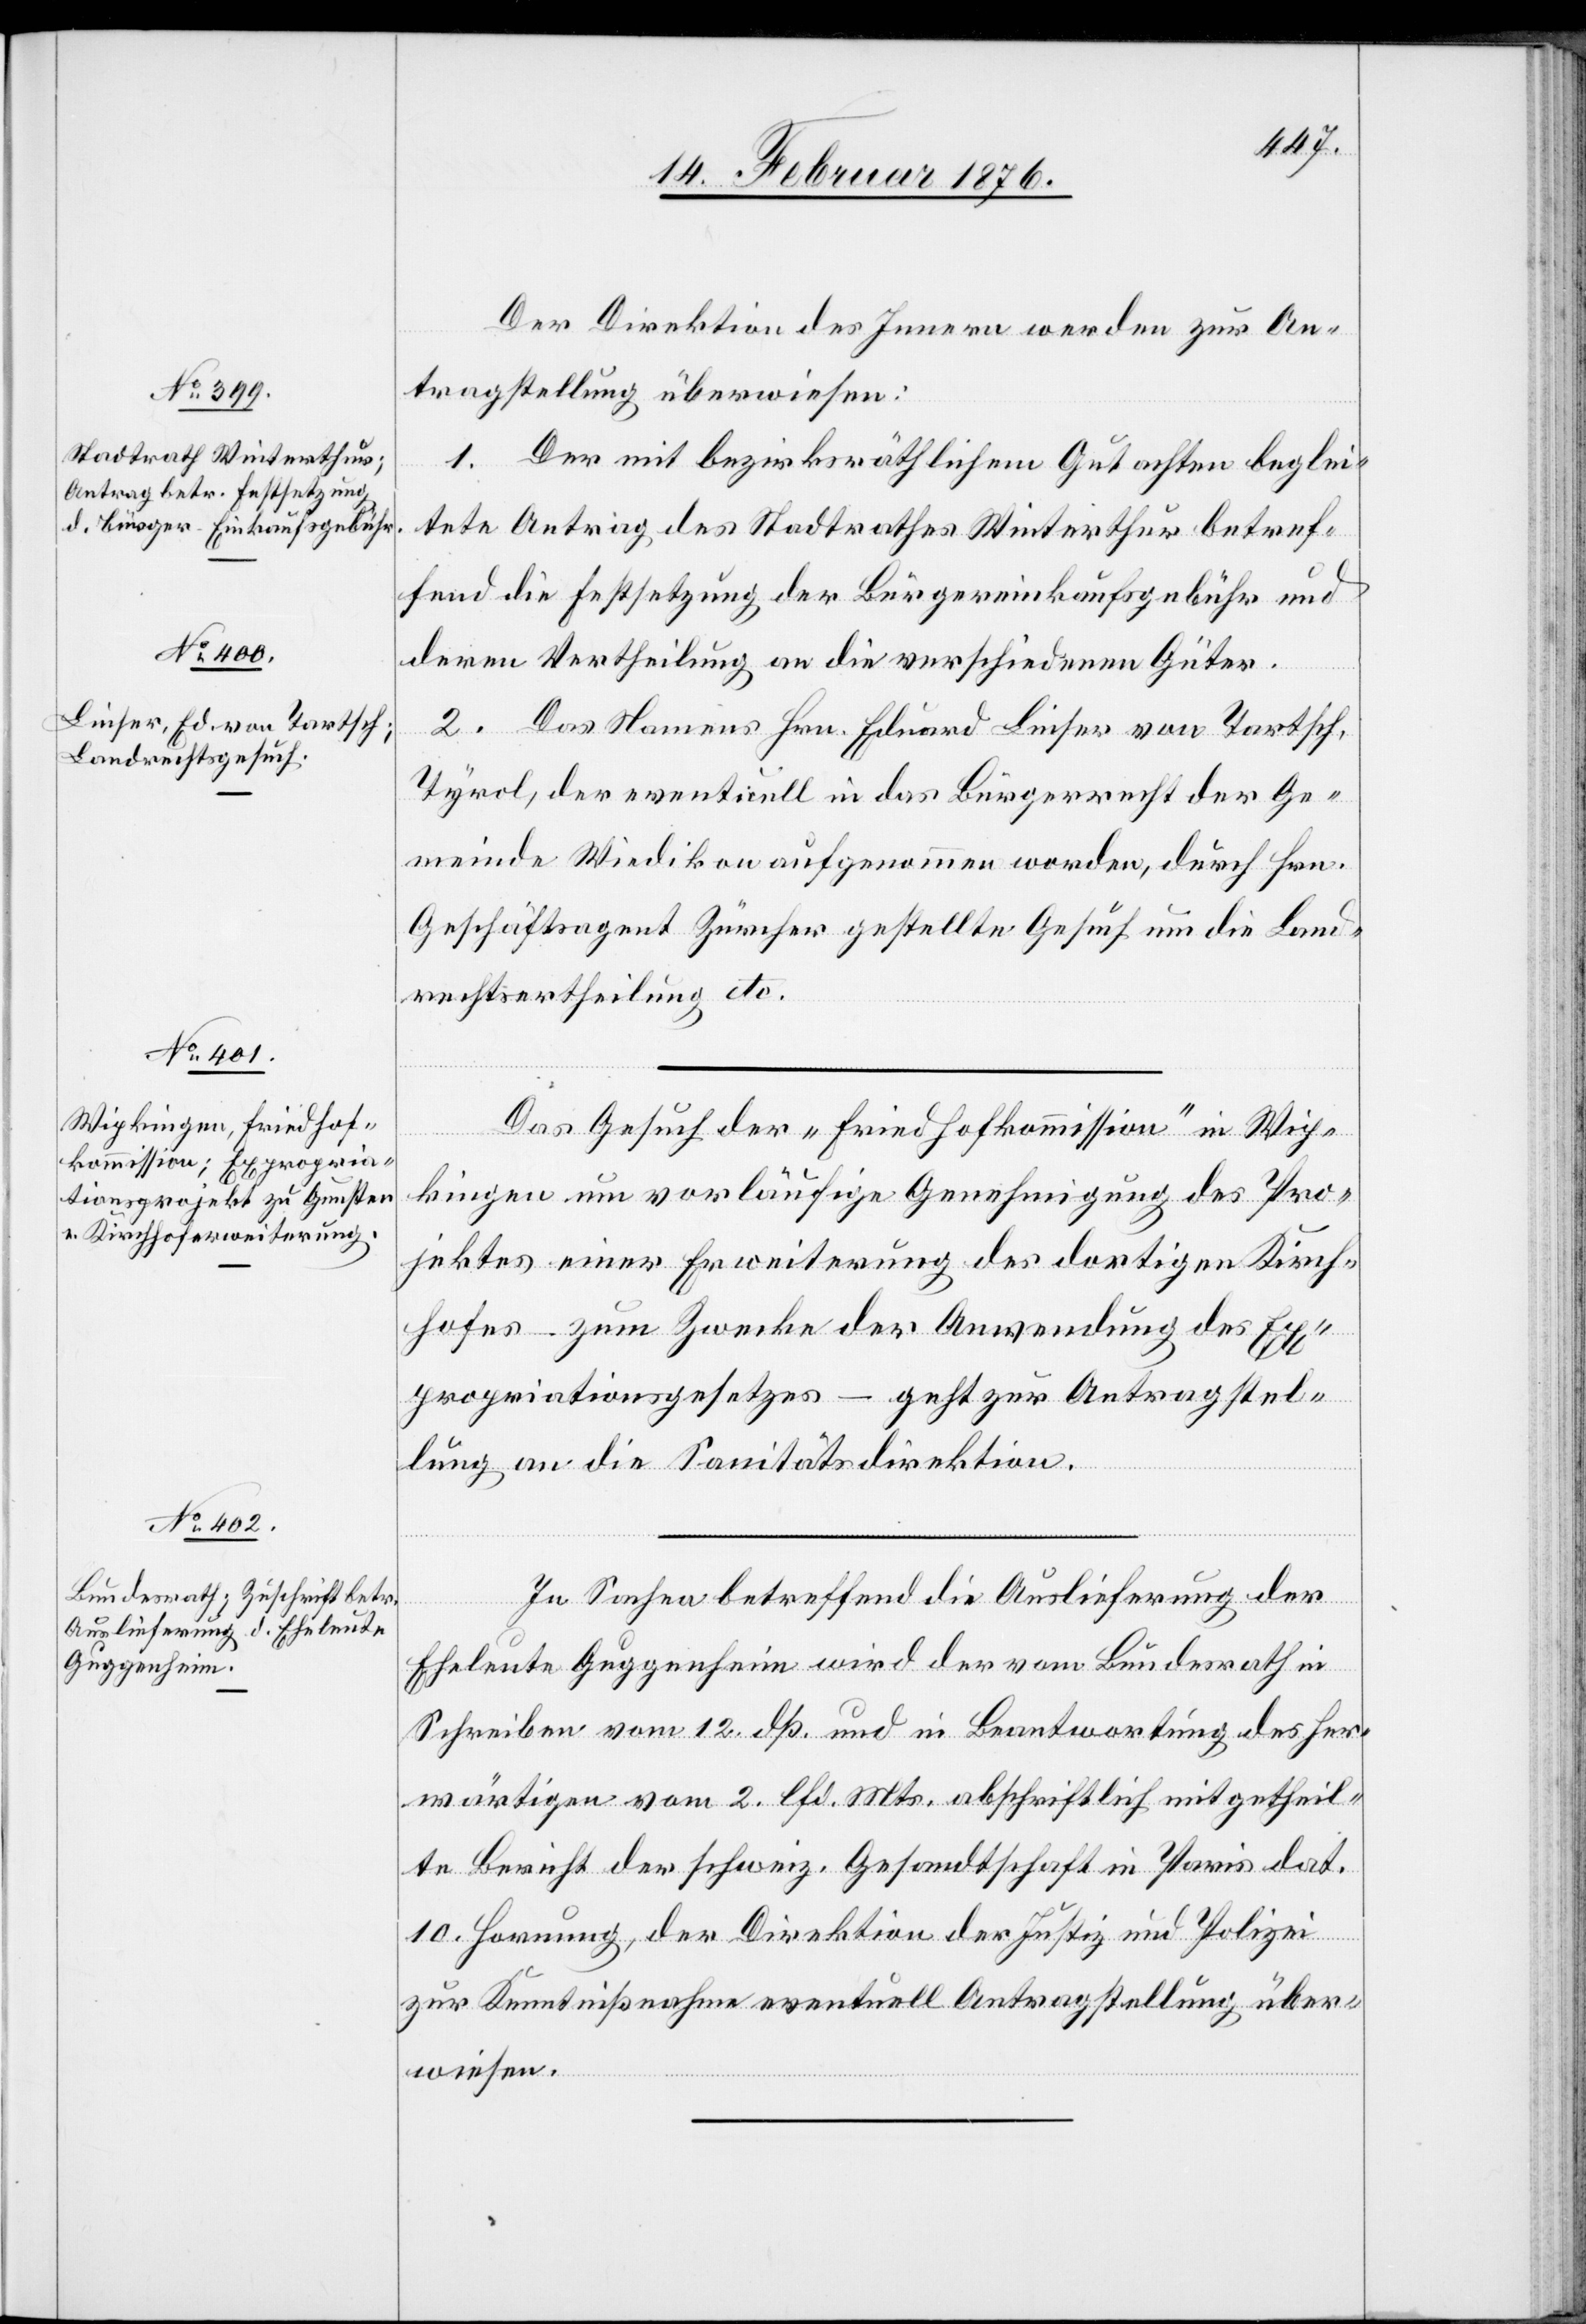
16. Februar 1876.]
Der Direktion des Innern werden zur An¬
tragstellung überwiesen:
1. Der mit bezirksräthlichem Gutachten beglei¬
tete Antrag des Stadtrathes Winterthur betref¬
fend die Festsetzung der Bürgereinkaufgebühr und
deren Vertheilung an die verschiedenen Güter.
2. Das Namens Hrn. Eduart Linser von Tarsch,
Tyrol, der eventuell in das Bürgerrecht der Ge¬
meinde Wiedikon aufgenommen worden, durch Hrn.
Geschäftsagent Zürcher gestellte Gesuch um die Land¬
rechtsertheilung etc.
Das Gesuch der „Friedhofkommission“ in Wip¬
kingen um vorläufige Genehmigung des Pro¬
jektes einer Erweiterung des dortigen Kirch¬
hofes – zum Zwecke der Anwendung des Ex¬
propriationsgesetzes – geht zur Antragstel¬
lung an die Sanitätsdirektion.
In Sachen betreffend die Auslieferung der
Eheleute Guggenheim wird der vom Bundesrath in
Schreiben vom 12. dß. und in Beantwortung des her¬
wärtigen vom 2. lfd. Mts. abschriftlich mitgetheil¬
te Bericht der schweiz. Gesandtschaft in Paris dat.
10 Hornung, der Direktion der Justiz und Polizei
zur Kenntnisnahme eventuell Antragstellung über¬
wiesen.